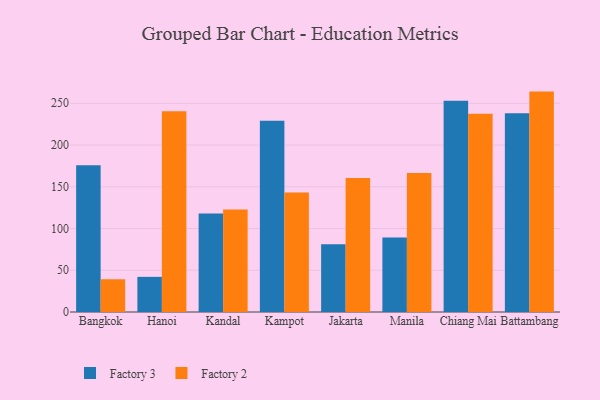
{"axis": {"x": "City", "y": "Satisfaction Score"}, "legend": ["Factory 2", "Factory 3"], "data": [{"x": "Bangkok", "y": 175.7, "type": "Factory 3"}, {"x": "Bangkok", "y": 39.2, "type": "Factory 2"}, {"x": "Hanoi", "y": 42.1, "type": "Factory 3"}, {"x": "Hanoi", "y": 240.6, "type": "Factory 2"}, {"x": "Kandal", "y": 118.0, "type": "Factory 3"}, {"x": "Kandal", "y": 122.8, "type": "Factory 2"}, {"x": "Kampot", "y": 229.0, "type": "Factory 3"}, {"x": "Kampot", "y": 143.0, "type": "Factory 2"}, {"x": "Jakarta", "y": 81.1, "type": "Factory 3"}, {"x": "Jakarta", "y": 160.6, "type": "Factory 2"}, {"x": "Manila", "y": 89.1, "type": "Factory 3"}, {"x": "Manila", "y": 166.5, "type": "Factory 2"}, {"x": "Chiang Mai", "y": 253.0, "type": "Factory 3"}, {"x": "Chiang Mai", "y": 237.4, "type": "Factory 2"}, {"x": "Battambang", "y": 238.2, "type": "Factory 3"}, {"x": "Battambang", "y": 264.0, "type": "Factory 2"}]}